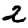
Digit: 2